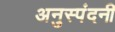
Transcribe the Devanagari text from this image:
अनुस्पंदनी